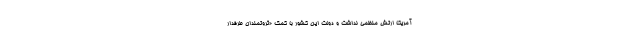
آمریکا ارتش منظمی نداشت و دولت این کشور با کمک «ثروتمندان طرفدار